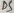
Text: D5